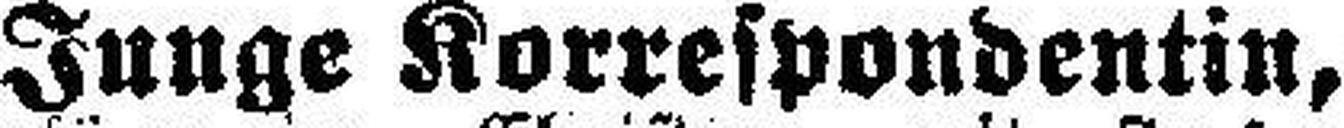
Junge Korrespondentin,